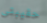
حقيبتى